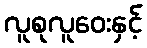
လူစုလူဝေးနှင့်